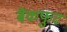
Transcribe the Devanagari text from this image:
बैकफुट